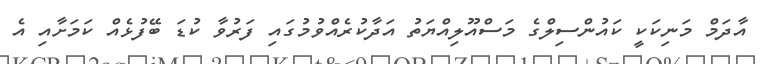
އާދަމް މަނިކަކީ ކައުންސިލްގެ މަސްއޫލިއްޔަތު އަދާކުރެއްވުމުގައި ފަރުވާ ކުޑަ ބޭފުޅެއް ކަމަށާއި އެ